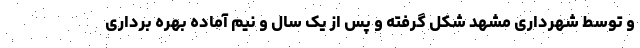
و توسط شهرداری مشهد شکل گرفته و پس از یک سال و نیم آماده بهره برداری